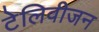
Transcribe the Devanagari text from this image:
टेलिवीजन